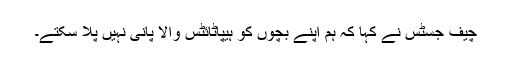
چیف جسٹس نے کہا کہ ہم اپنے بچوں کو ہیپاٹائٹس والا پانی نہیں پلا سکتے۔